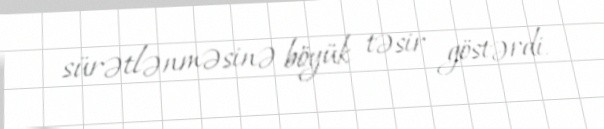
sürətlənməsinə böyük təsir göstərdi.